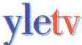
yletv